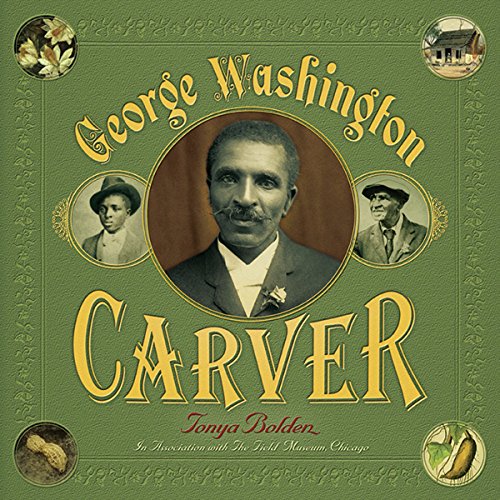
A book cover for George Washington Carver; Tonya Bolden; Children's Books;